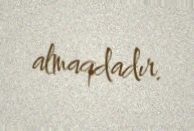
almaqdadır.